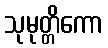
သုမုတ္တိကော